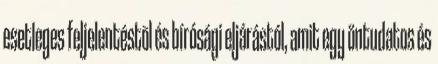
esetleges feljelentéstõl és bírósági eljárástól, amit egy öntudatos és